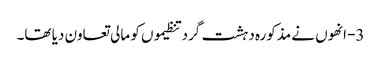
3- انھوں نے مذکورہ دہشت گرد تنظیموں کو مالی تعاون دیا تھا۔